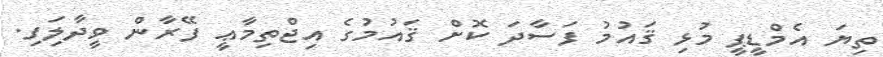
ތިޔަ އެމްޑީޕީ މުޅި ޤައުމު ފަސާދަ ކޮށް ޤައުމުގެ އިޖްތިމާޢީ ފޭރާން ވީދާލަިފި.